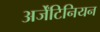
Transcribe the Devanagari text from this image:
अर्जेंटिनियन